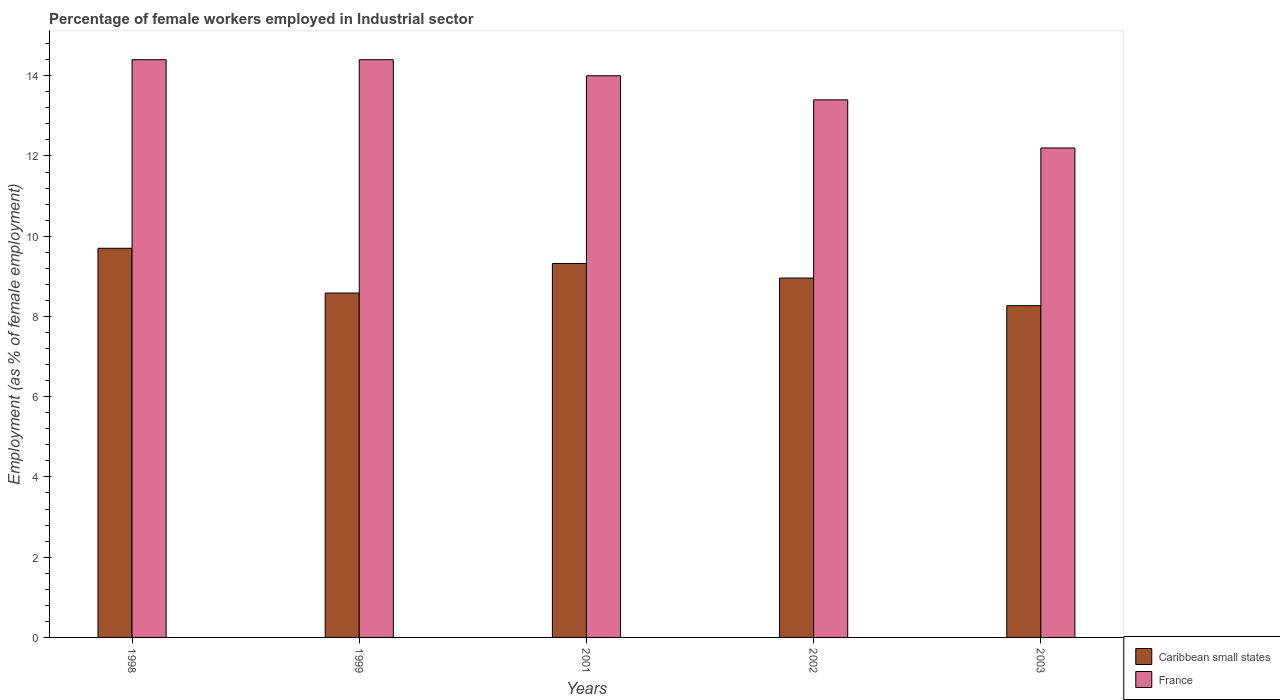
| Years | Caribbean small states | France |
 | --- | --- | --- |
 | 1998 | 9.7 | 14.4 |
 | 1999 | 8.58 | 14.4 |
 | 2001 | 9.32 | 14 |
 | 2002 | 8.96 | 13.4 |
 | 2003 | 8.27 | 12.2 |